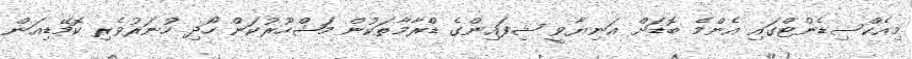
މިއެކްސިޑެންޓްގައި އެންމެ ބޮޑަށް އަނިޔާވީ ޝިފައިންގެ ޑްރާމާތަކުން މަޝްހޫރުކަން ހޯދި ހުނަރުވެރި ކޮމޭޑިއަން